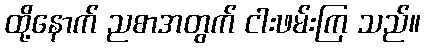
ထို့နောက် ညစာအတွက် ငါးဖမ်းကြ သည်။